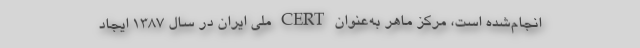
انجام‌شده است، مرکز ماهر به‌عنوان CERT ملی ایران در سال ١٣٨٧ ایجاد